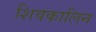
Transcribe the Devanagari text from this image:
शिवकालिन